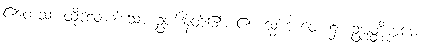
ဧတေသံ၊ ထိုလေးပါးသော ဥပါဒါန်တို့၏။ ဧကသ္မိံ ဘဝေ၊ ၌။ ဥပ္ပတ္တိက္ကမော၊